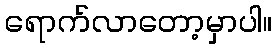
ရောက်လာတော့မှာပါ။